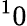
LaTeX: ^10